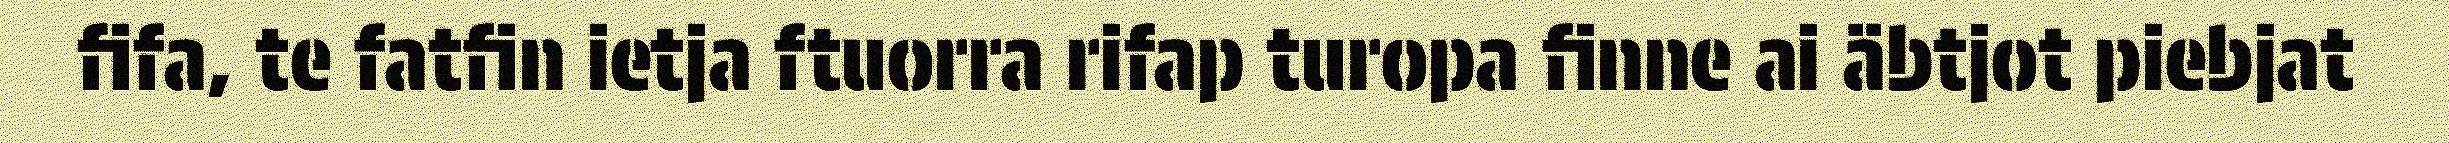
fifa, te fatfin ietja ftuorra rifap turopa finne ai äbtjot piebjat